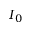
I _ { 0 }